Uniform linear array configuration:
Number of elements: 32
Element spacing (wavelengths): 1
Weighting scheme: binomial
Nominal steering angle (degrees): -60
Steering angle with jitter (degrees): -58.592
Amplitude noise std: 0.05
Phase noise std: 0.05

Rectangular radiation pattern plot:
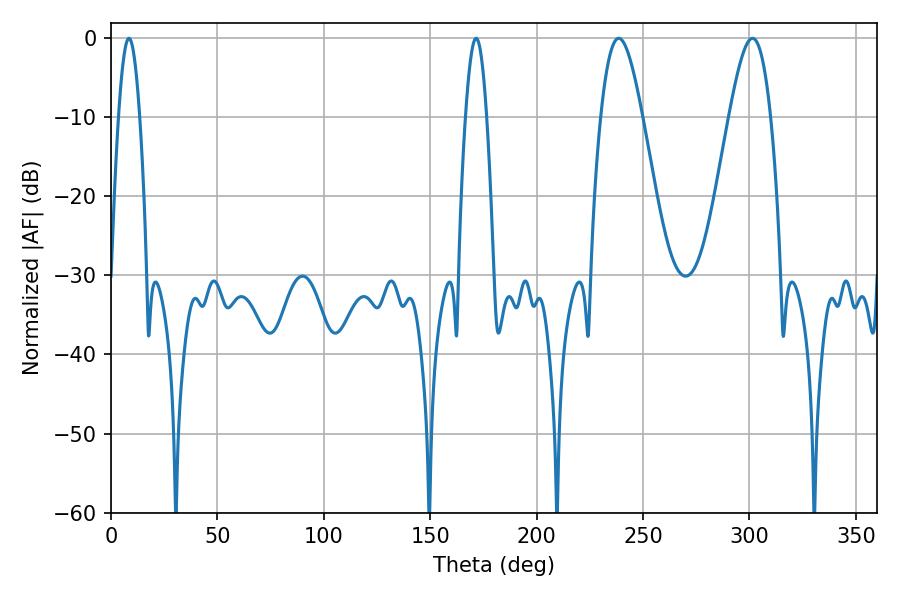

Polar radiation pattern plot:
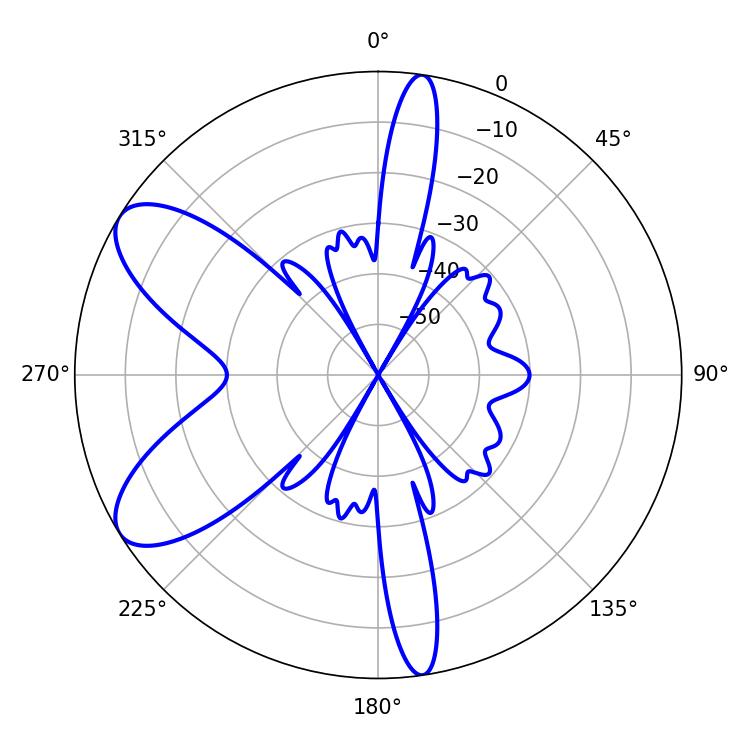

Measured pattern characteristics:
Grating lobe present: TRUE
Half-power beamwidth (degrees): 5.4
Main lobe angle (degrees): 8.46